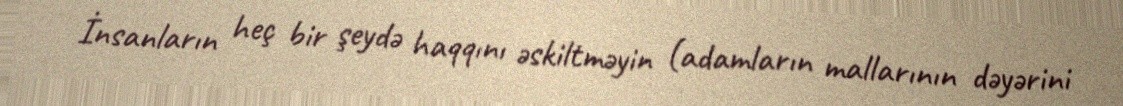
İnsanların heç bir şeydə haqqını əskiltməyin (adamların mallarının dəyərini